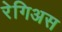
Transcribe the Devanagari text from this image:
रेगिअस